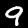
Digit: 9